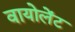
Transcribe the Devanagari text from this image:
वायोलेंट